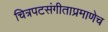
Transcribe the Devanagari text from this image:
चित्रपटसंगीताप्रमाणेच